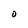
Character: 0